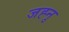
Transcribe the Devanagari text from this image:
जह्नु